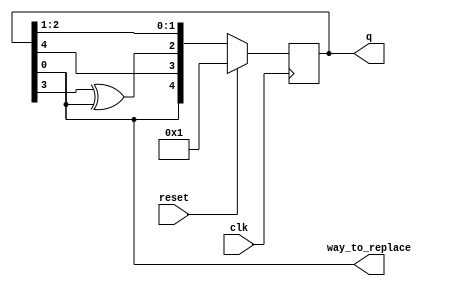
`timescale 1ns / 1ps
//////////////////////////////////////////////////////////////////////////////////
// Company: 
// Engineer: 
// 
// Design Name: 
// Module Name: LFSR
// Project Name: 
// Target Devices: 
// Tool Versions: 
// Description: 
// 
// Dependencies: 
// 
// Revision:
// Revision 0.01 - File Created
// Additional Comments:
// 
//////////////////////////////////////////////////////////////////////////////////


module LFSR(
    input clk,
    input reset,    // Active-high synchronous reset to 5'h1
    output reg [4:0] q,
    output way_to_replace
);

    always@(posedge clk) begin
        if(reset) 
            q <= 5'h1;
        else begin
            q <= {q[0],q[4],q[3]^q[0],q[2:1]};
        end 
    end

    assign way_to_replace = q[0];
endmodule